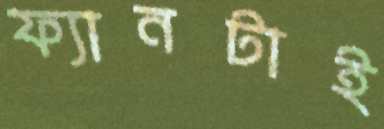
ফ্যানটাই